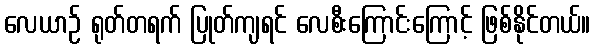
လေယာဉ် ရုတ်တရက် ပြုတ်ကျရင် လေစီးကြောင်းကြောင့် ဖြစ်နိုင်တယ်။